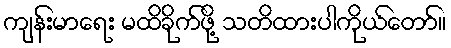
ကျန်းမာရေး မထိခိုက်ဖို့ သတိထားပါကိုယ်တော်။